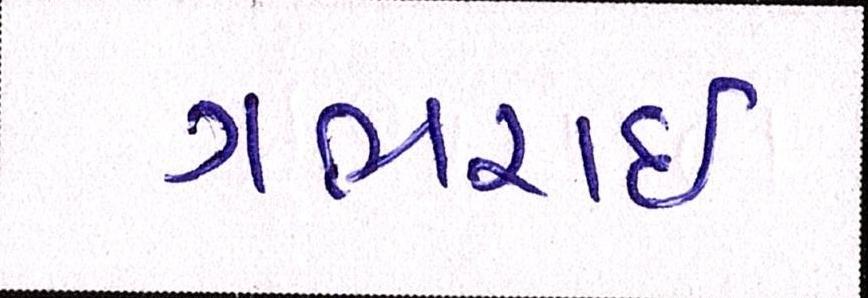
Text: ગભરાઇ